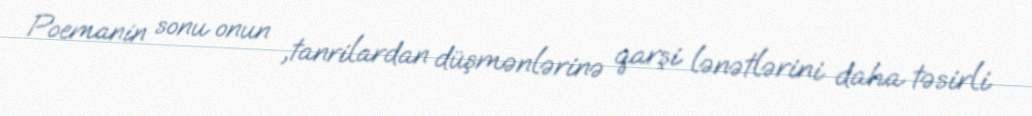
Poemanin sonu onun ,tanrilardan düşmənlərinə qarşi lənətlərini daha təsirli